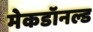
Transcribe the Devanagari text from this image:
मेकडॉनल्ड